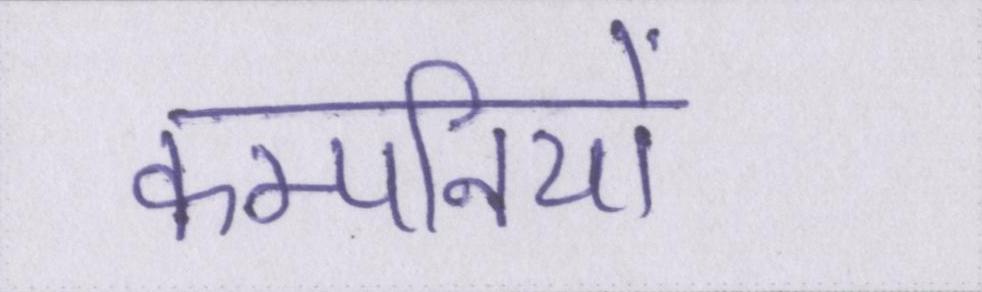
कम्पनियों